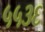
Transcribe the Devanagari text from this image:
५५३६